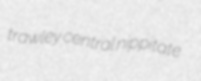
trawley central nippitate